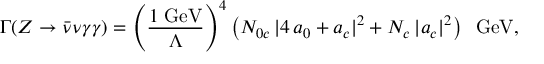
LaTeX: \Gamma ( Z \to \bar { \nu } \nu \gamma \gamma ) = \left( \frac { 1 \; \mathrm { G e V } } { \Lambda } \right) ^ { 4 } \left( N _ { 0 c } \, | 4 \, a _ { 0 } + a _ { c } | ^ { 2 } + N _ { c } \, | a _ { c } | ^ { 2 } \right) \; \; \mathrm { G e V } ,